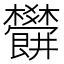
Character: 𣡜